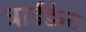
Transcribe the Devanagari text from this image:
ट्राईडेन्ट